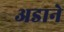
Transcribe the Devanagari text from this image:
अडाने